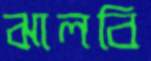
ঝালবি